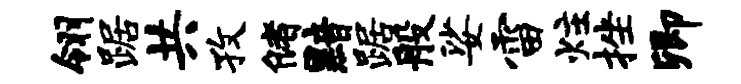
翎踞共孜储黯踞般娑雷炷挫卿